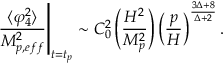
\left. \frac { \langle \varphi _ { 4 } ^ { 2 } \rangle } { M _ { p , e f f } ^ { 2 } } \right\vert _ { t = t _ { p } } \sim C _ { 0 } ^ { 2 } \left( \frac { H ^ { 2 } } { M _ { p } ^ { 2 } } \right) \left( \frac { p } { H } \right) ^ { \frac { 3 \Delta + 8 } { \Delta + 2 } } .